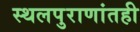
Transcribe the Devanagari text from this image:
स्थलपुराणांतही